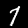
Label: 7